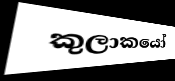
කුලාකයෝ